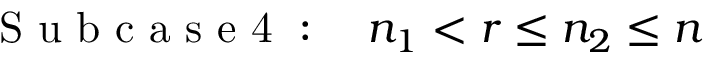
\begin{array} { r } { \mathrm { ~ S ~ u ~ b ~ c ~ a ~ s ~ e ~ 4 ~ } : \quad n _ { 1 } < r \leq n _ { 2 } \leq n } \end{array}